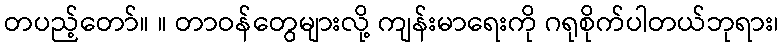
တပည့်တော်။ ။ တာဝန်တွေများလို့ ကျန်းမာရေးကို ဂရုစိုက်ပါတယ်ဘုရား၊